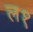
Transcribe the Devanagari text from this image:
ल१